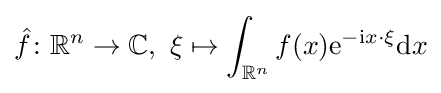
{\hat {f}}\colon \mathbb {R} ^{n}\rightarrow \mathbb {C} ,\ \xi \mapsto \int _{\mathbb {R} ^{n}}f(x)\mathrm {e} ^{-\mathrm {i} x\cdot \xi }\mathrm {d} x